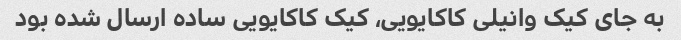
به جای کیک وانیلی کاکایویی، کیک کاکایویی ساده ارسال شده بود